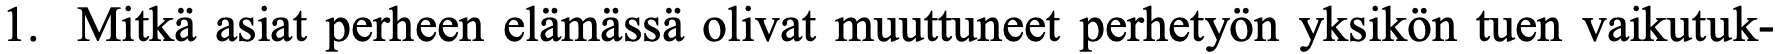
1. Mitkä asiat perheen elämässä olivat muuttuneet perhetyön yksikön tuen vaikutuk-